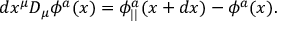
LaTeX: d x ^ { \mu } D _ { \mu } \phi ^ { a } ( x ) = \phi _ { | | } ^ { a } ( x + d x ) - \phi ^ { a } ( x ) .